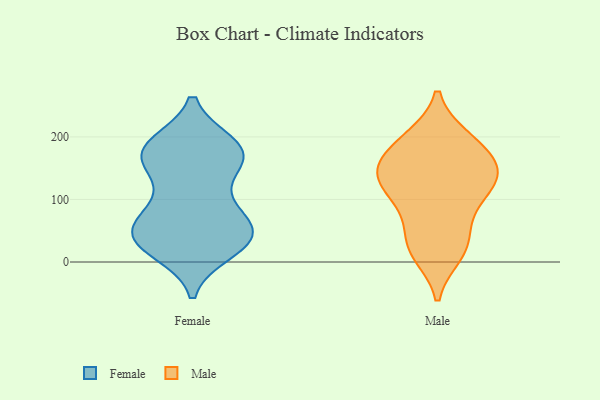
{"axis": {"x": "Market Share (%)", "y": "Value"}, "legend": ["Female", "Male"], "data": [{"x": "", "y": 157, "type": "Female"}, {"x": "", "y": 19, "type": "Female"}, {"x": "", "y": 36, "type": "Female"}, {"x": "", "y": 155, "type": "Female"}, {"x": "", "y": 175, "type": "Female"}, {"x": "", "y": 179, "type": "Female"}, {"x": "", "y": 76, "type": "Female"}, {"x": "", "y": 187, "type": "Female"}, {"x": "", "y": 56, "type": "Female"}, {"x": "", "y": 37, "type": "Female"}, {"x": "", "y": 186, "type": "Female"}, {"x": "", "y": 35, "type": "Female"}, {"x": "", "y": 85, "type": "Female"}, {"x": "", "y": 48, "type": "Female"}, {"x": "", "y": 95, "type": "Female"}, {"x": "", "y": 33, "type": "Female"}, {"x": "", "y": 36, "type": "Female"}, {"x": "", "y": 165, "type": "Female"}, {"x": "", "y": 177, "type": "Female"}, {"x": "", "y": 18, "type": "Male"}, {"x": "", "y": 122, "type": "Male"}, {"x": "", "y": 126, "type": "Male"}, {"x": "", "y": 120, "type": "Male"}, {"x": "", "y": 80, "type": "Male"}, {"x": "", "y": 156, "type": "Male"}, {"x": "", "y": 164, "type": "Male"}, {"x": "", "y": 137, "type": "Male"}, {"x": "", "y": 198, "type": "Male"}, {"x": "", "y": 190, "type": "Male"}, {"x": "", "y": 25, "type": "Male"}, {"x": "", "y": 198, "type": "Male"}, {"x": "", "y": 13, "type": "Male"}, {"x": "", "y": 44, "type": "Male"}, {"x": "", "y": 90, "type": "Male"}, {"x": "", "y": 155, "type": "Male"}, {"x": "", "y": 142, "type": "Male"}]}